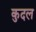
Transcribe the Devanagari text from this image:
कुदल